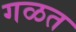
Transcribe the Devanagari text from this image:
गळत